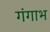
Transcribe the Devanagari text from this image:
गंगाभ